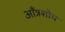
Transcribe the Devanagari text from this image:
आँत्रशोथ